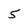
Character: 5